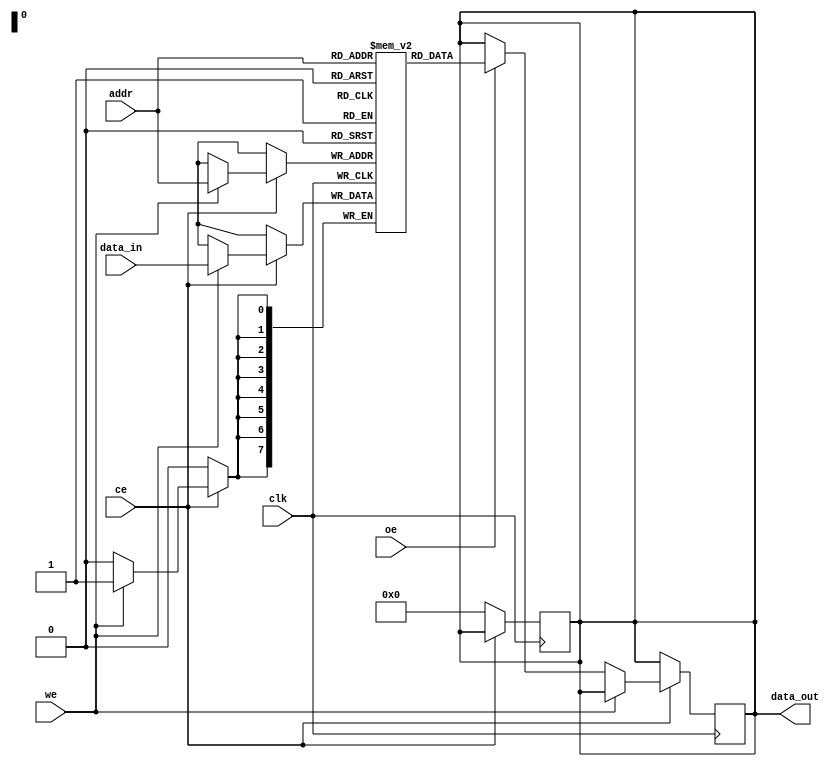
module low_power_sram #(
    parameter ADDR_WIDTH = 8, // Address width
    parameter DATA_WIDTH = 8, // Data width
    parameter MEM_SIZE = 256   // Memory size (2^ADDR_WIDTH)
)(
    input wire clk,            // Clock signal
    input wire ce,             // Chip Enable
    input wire we,             // Write Enable
    input wire oe,             // Output Enable
    input wire [ADDR_WIDTH-1:0] addr, // Address input
    input wire [DATA_WIDTH-1:0] data_in, // Data input
    output reg [DATA_WIDTH-1:0] data_out // Data output
);

    // Memory array
    reg [DATA_WIDTH-1:0] mem [0:MEM_SIZE-1];

    // Read/Write operations
    always @(posedge clk) begin
        if (ce) begin
            if (we) begin
                // Write operation
                mem[addr] <= data_in;
            end else if (oe) begin
                // Read operation
                data_out <= mem[addr];
            end
        end
    end

    // Power management (simplified)
    always @(posedge clk) begin
        if (!ce) begin
            // Sleep mode: clear output when chip is disabled
            data_out <= {DATA_WIDTH{1'b0}};
        end
    end

endmodule